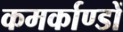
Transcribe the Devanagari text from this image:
कमर्काण्डों